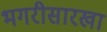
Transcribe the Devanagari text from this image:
भगरीसारखा